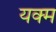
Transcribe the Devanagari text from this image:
यक्म